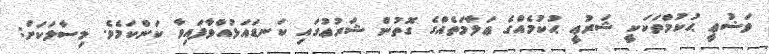
ވަޟުޢީ ޙުކުމްތަކަކީ ޝަރުޢީ ޙުކުމެއްގެ ޢަލާމަތެއްގެ ގޮތުން ޝަރުޢުގައި ކަނޑައަޅުއްވާފައިވާ ކަންކަމެވެ. މިސާލަކަށް: